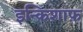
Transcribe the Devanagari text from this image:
इन्किशाफ़